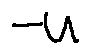
- u